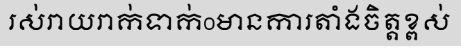
រស់រាយរាក់ទាក់oមានការតាំងចិត្តខ្ពស់